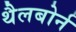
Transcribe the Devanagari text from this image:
थैलबोर्न